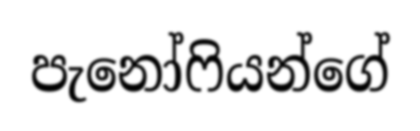
පැනෝෆියන්ගේ